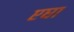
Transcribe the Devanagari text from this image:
एघा